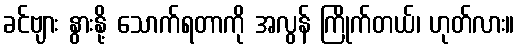
ခင်ဗျား နွားနို့ သောက်ရတာကို အလွန် ကြိုက်တယ်၊ ဟုတ်လား။